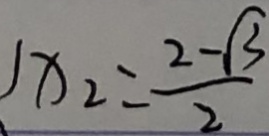
x _ { 2 } = \frac { 2 - \sqrt { 3 } } { 2 }